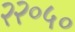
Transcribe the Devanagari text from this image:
२२०५०